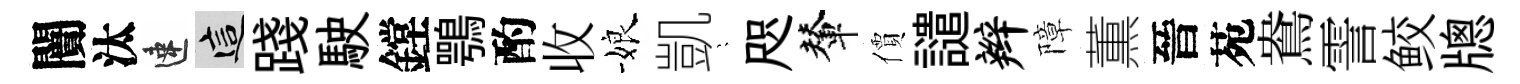
闠汰速這踐駛鏜鶚酌收娘凱隠咫輦價譴辫障薫晉苑鴦霅鲛牕